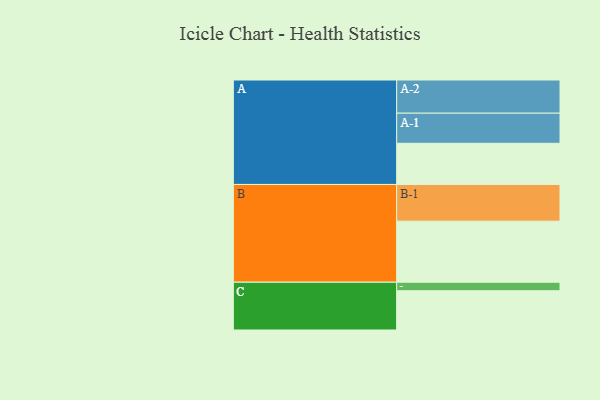
{"axis": {"x": "Segment", "y": "Value"}, "legend": ["", "A", "B", "C"], "data": [{"x": "A", "y": 319, "type": ""}, {"x": "B", "y": 473, "type": ""}, {"x": "C", "y": 304, "type": ""}, {"x": "A-1", "y": 233, "type": "A"}, {"x": "A-2", "y": 257, "type": "A"}, {"x": "B-1", "y": 284, "type": "B"}, {"x": "C-1", "y": 66, "type": "C"}]}